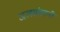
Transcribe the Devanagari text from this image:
जलसंवहनी